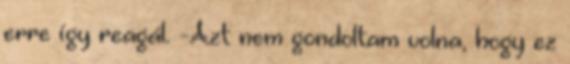
erre így reagál. -Azt nem gondoltam volna, hogy ez